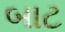
બાટ